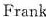
Frank